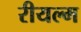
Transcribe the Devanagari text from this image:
रीयल्म